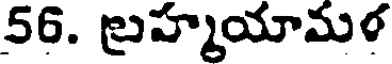
56. బ్రహ్మయామళ